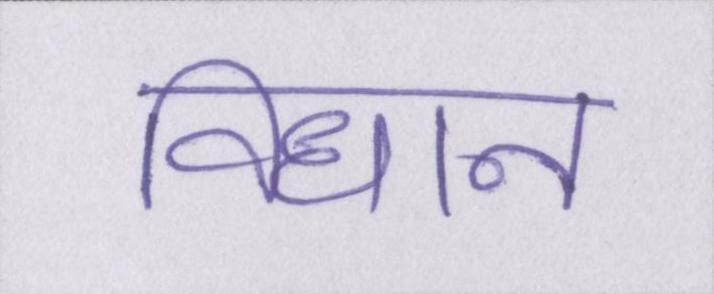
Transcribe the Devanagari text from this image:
विधान